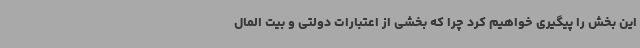
این بخش را پیگیری خواهیم کرد چرا که بخشی از اعتبارات دولتی و بیت المال